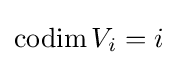
\operatorname {codim} V_{i}=i